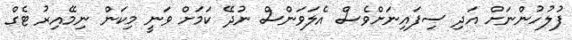
ފުލުހުންނަށް އަދި ސިފައިނަށްވެސް އެލަވަންސް ނުދޭ ކަމަށް ވަނީ މިކަން ނިމޭއިރު ޓެގް